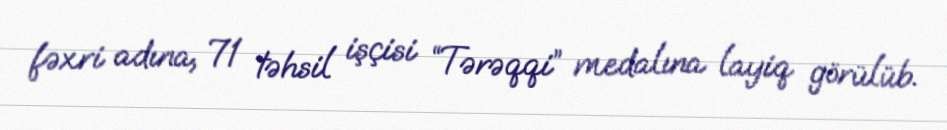
fəxri adına, 71 təhsil işçisi “Tərəqqi” medalına layiq görülüb.